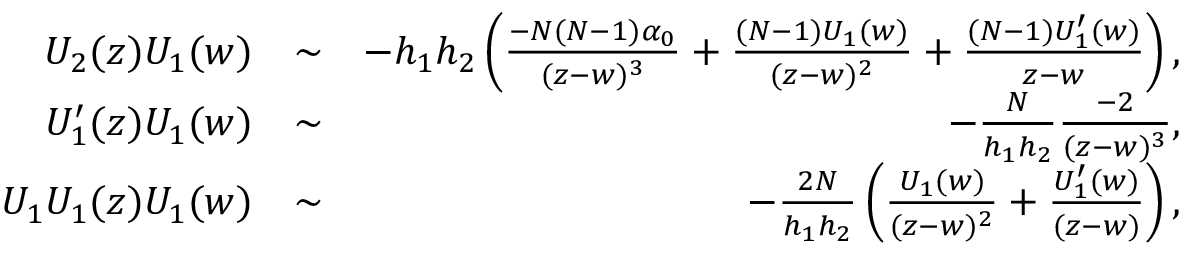
\begin{array} { r l r } { U _ { 2 } ( z ) U _ { 1 } ( w ) } & { \sim } & { - h _ { 1 } h _ { 2 } \left( \frac { - N ( N - 1 ) \alpha _ { 0 } } { ( z - w ) ^ { 3 } } + \frac { ( N - 1 ) U _ { 1 } ( w ) } { ( z - w ) ^ { 2 } } + \frac { ( N - 1 ) U _ { 1 } ^ { \prime } ( w ) } { z - w } \right) , } \\ { U _ { 1 } ^ { \prime } ( z ) U _ { 1 } ( w ) } & { \sim } & { - \frac { N } { h _ { 1 } h _ { 2 } } \frac { - 2 } { ( z - w ) ^ { 3 } } , } \\ { U _ { 1 } U _ { 1 } ( z ) U _ { 1 } ( w ) } & { \sim } & { - \frac { 2 N } { h _ { 1 } h _ { 2 } } \left( \frac { U _ { 1 } ( w ) } { ( z - w ) ^ { 2 } } + \frac { U _ { 1 } ^ { \prime } ( w ) } { ( z - w ) } \right) , } \end{array}